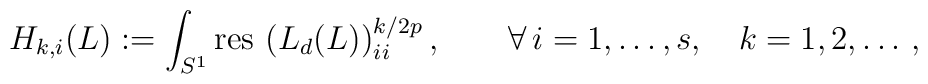
H_{k,i}(L):= \int_{S^1}{\rm res\,} \left(L_d(L)\right)_{ii}^{k/{2p}},\qquad\forall\,i=1,\ldots, s,\quad k=1,2,\dots\,,